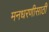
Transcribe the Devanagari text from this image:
मनधरणीसाठी